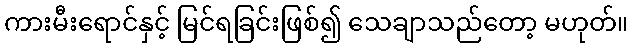
ကားမီးရောင်နှင့် မြင်ရခြင်းဖြစ်၍ သေချာသည်တော့ မဟုတ်။